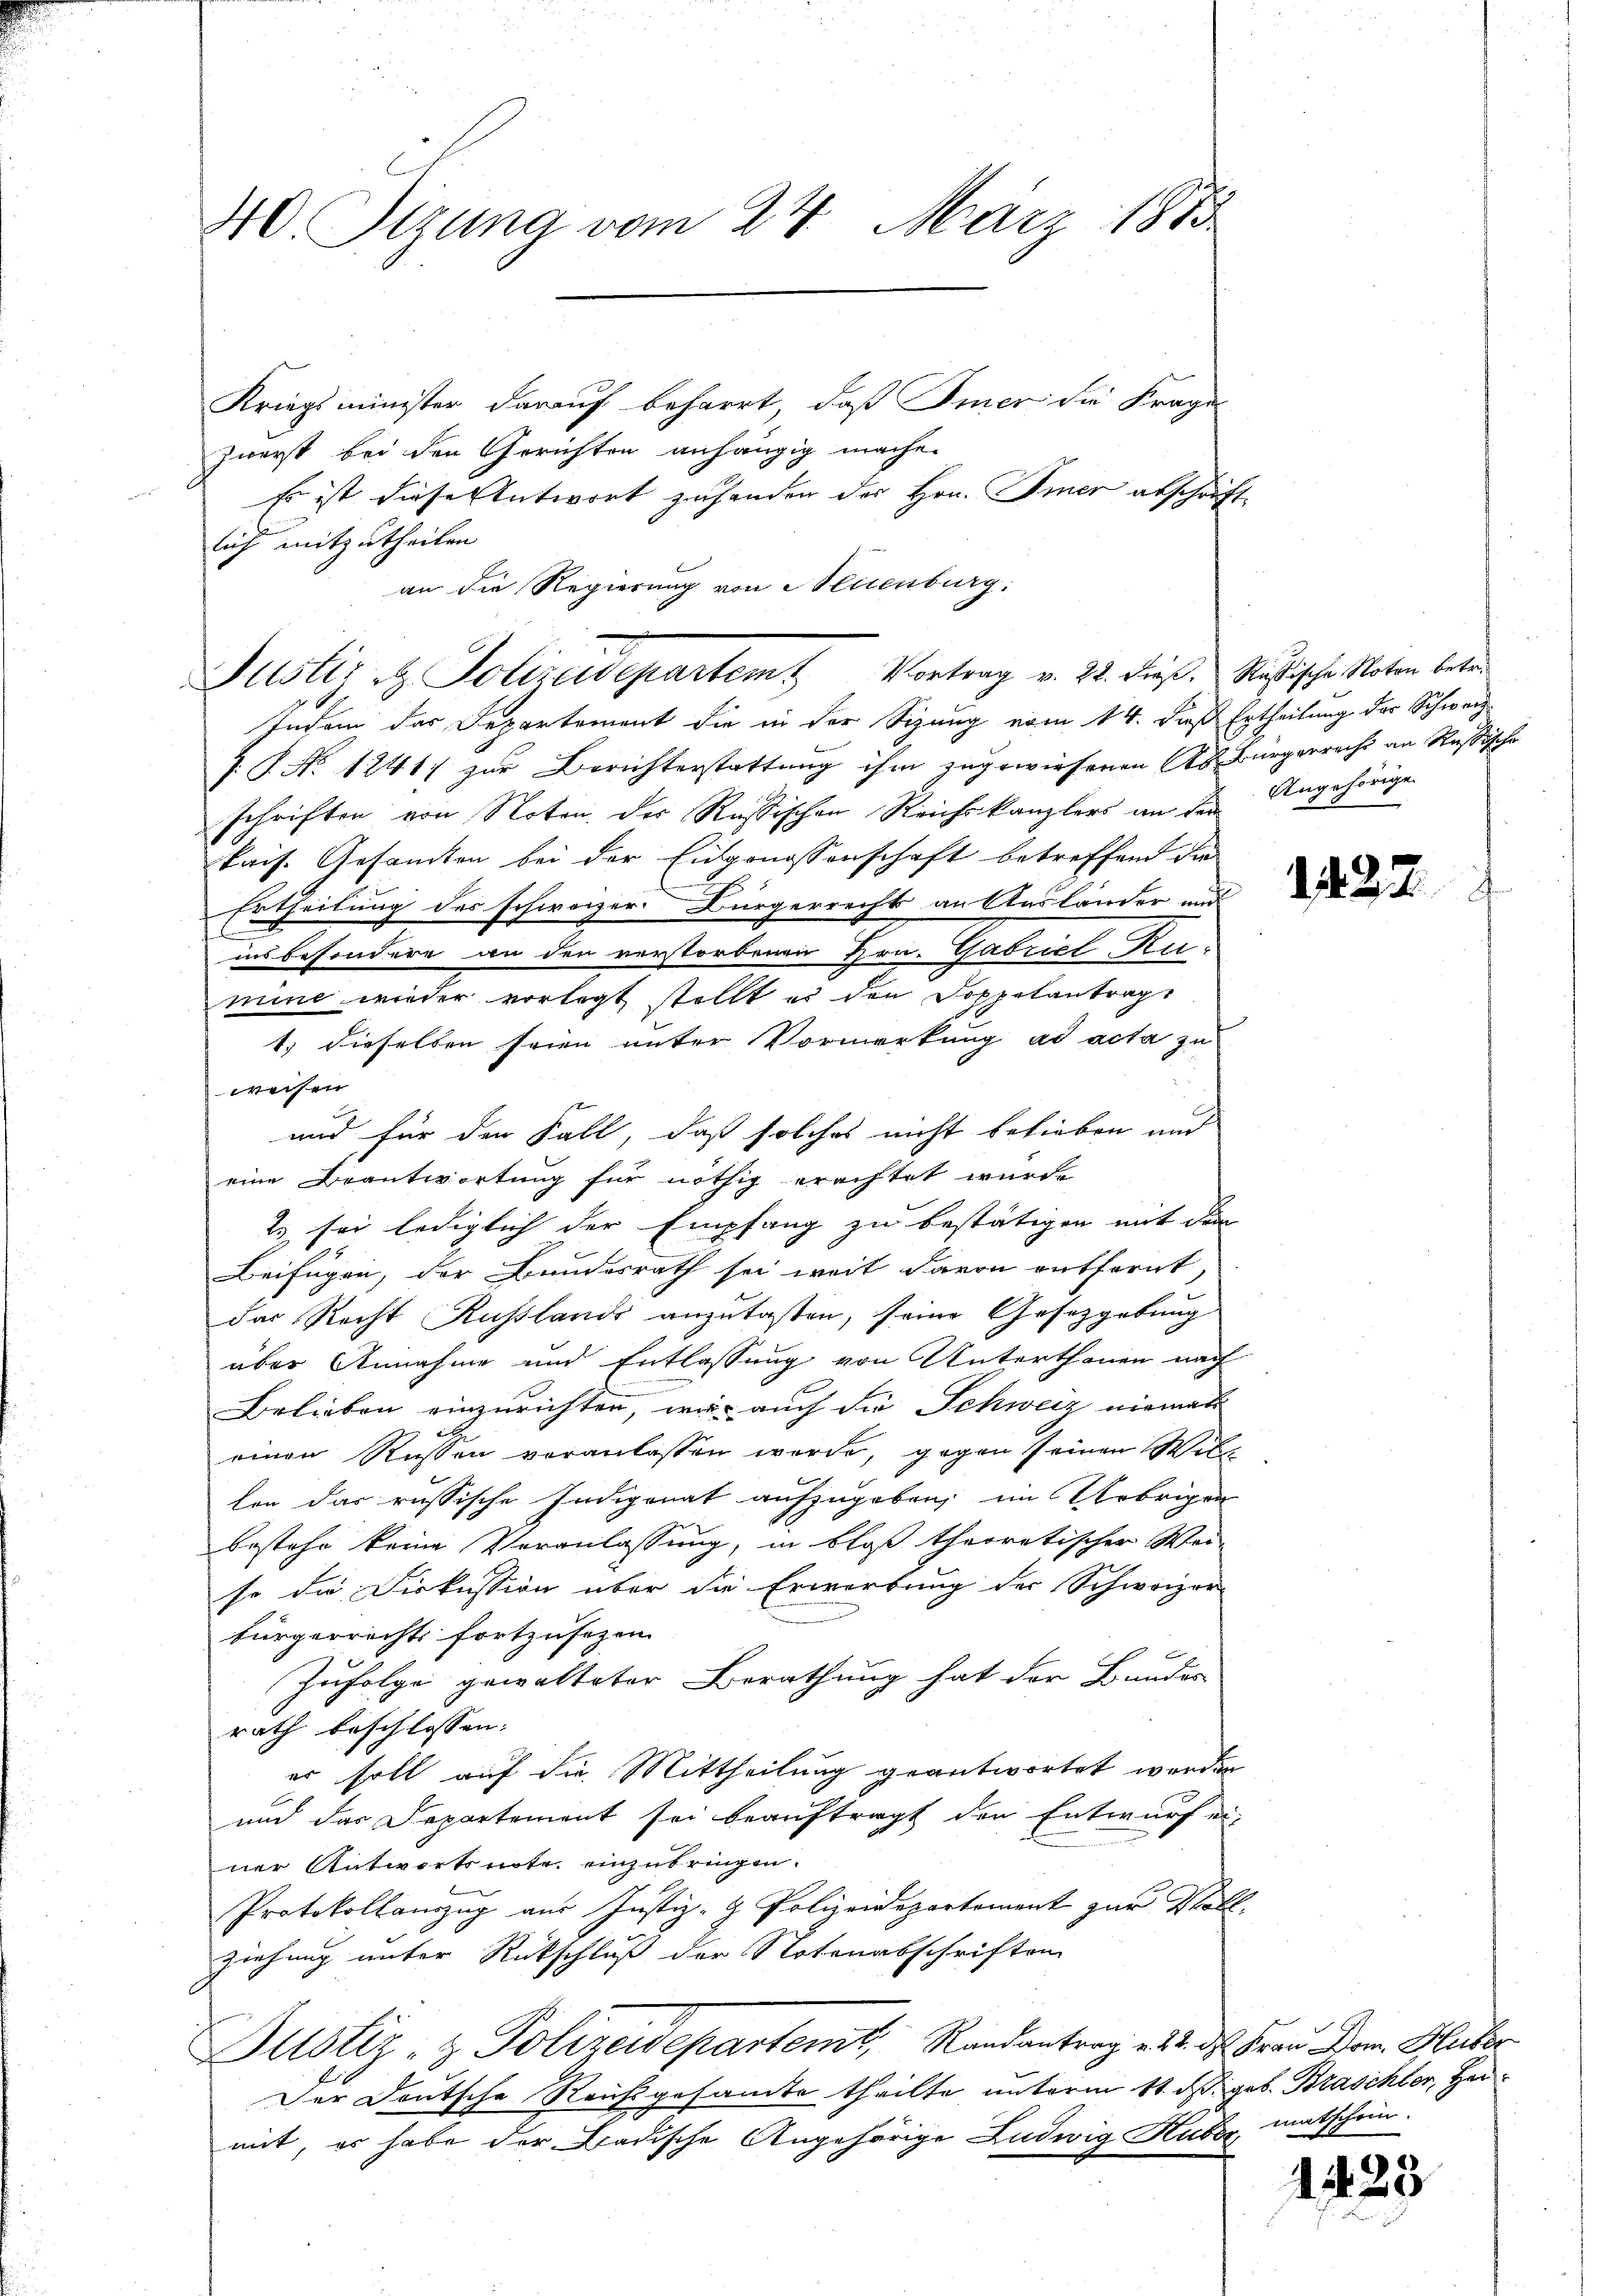
40. Sizung vom 24. März 1885
Kriegsminister darauf beharrt, daß Immer die Frage
zuerst bei den Gerichten anhängig mache.
Es ist diese Antwort zuhanden des Hrn. Immer abschrift

Justiz & Polizeidepartem Vortrag v. 22. dieß. Rußische Noten betr.

lich mitzutheilen.
an die Regierung von Meienburg:
Indem das Departement die in der Sizung vom 14. dieß Ertheilung des Schweiz
1 No 1241) zur Berichterstattung ihm zugewiesenen As. Bürgerrecht an Rußische
schriften von Noten des Russischen Reichskanzlers an den Angehörige
kais. Gesamten bei der Eidgenossenschaft betreffend die
Ertheilung des schweizer. Bürgerrecht an Ausländer und
ins besondere an den verstorbenen Hrn. Gabriel Kumine wieder vorlegt stellt es den Doppelantrag
t) dieselben seien unter Vormerkung ad acta zu
weisen
und für den Fall, daß solches nicht belieben und
eine Beantwortung für nöthig erachtet wurde
t. sei lediglich der Empfang zu bestätigen mit dem
Beifügen, der Bundesrath sei weit davon entfernt,
das Recht Russlands anzulaßen, seine Gesetzgebung
über Annahme und Entlassung von Unterthanen nach
Belieben einzurichten, war auch die Schweiz niemal
einen Russen veranlassen wurde, gegen seinen Willen das russische Indigenat aufzugeben, im Uebrigen
bestehe keine Veranlassung, in bloß theoretischer Wei-
so die Diskussion über die Erwerbung der Schweizer-
bürgerrechts fortzusetzen.
Zufolge gewalteter Berathung hat der Bundes
rath beschlossen:
er soll auf die Mittheilung geantwortet werden
und das Departement sei beauftragt den Entwurf ei-
ner Antwortsnote einzubringen.
Protokollauszug aus Justiz- & Polizeidepartement zur Wollziehung unter Rückschluß der Notenabschriften
Justiz- & Polizeidepartemt, Randantrag es 4. ds Frau Dom. Heiber
Der Deutsche Reichsgesamte theilte unterm 11. ds. geb. Braschter, Hermit, er habe der Badische Angehörige Ludwig Huber, matschein.

1422

e
 20